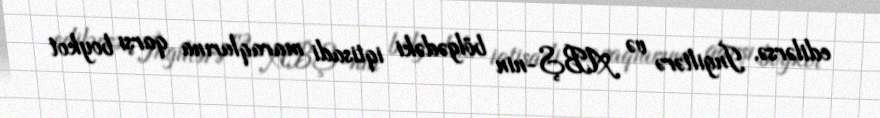
edilərsə, İngiltərə və ABŞ-nin bölgədəki iqtisadi maraqlarına qarşı boykot